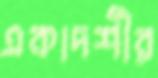
একাদশীর